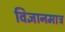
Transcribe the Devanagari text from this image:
विज्ञानमात्र